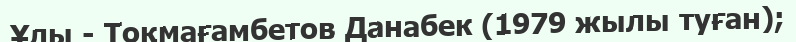
Ұлы - Тоқмағамбетов Данабек (1979 жылы туған);